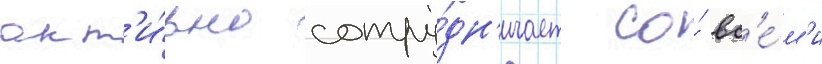
акт'и́вно сотру́дн'ичает со́ вс'е́м'и